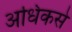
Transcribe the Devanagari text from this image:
अधिकसे